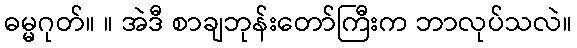
ဓမ္မဂုတ်။ ။ အဲဒီ စာချဘုန်းတော်ကြီးက ဘာလုပ်သလဲ။